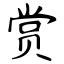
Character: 赏